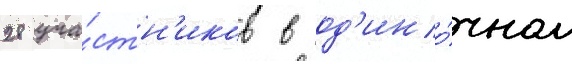
28 уча́стн'иков в од'ино́чном